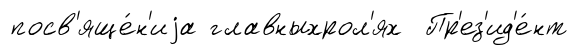
посв'яще́н'иjа главныхрол'ях Пр'ез'ид'е́нт